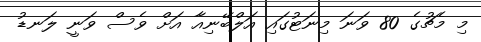
މި މެޗުގެ 80 ވަނަ މިނަޓުގައި އަލްބޭނިއާ އަށް ވެސް ވަނީ ލަނޑު